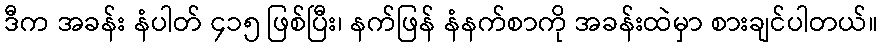
ဒီက အခန်း နံပါတ် ၄၁၅ ဖြစ်ပြီး၊ နက်ဖြန် နံနက်စာကို အခန်းထဲမှာ စားချင်ပါတယ်။